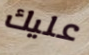
عليك